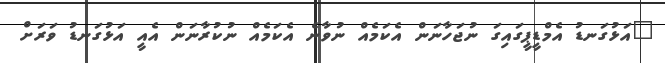
"އަޅުގަނޑު އެމްޑީޕީގައިގަ ނުޖަހާނަން އެކަމެއް ނުވާނެ އެކަމެއް ނުކުރާނަން އެއީ އަޅުގަނޑު ވަރަށް